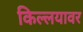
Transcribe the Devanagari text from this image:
किल्लयावर